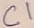
Text: C1